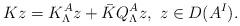
LaTeX: \begin{align*} Kz=K_\Lambda^Az+\bar{K}Q_\Lambda^Az,\ z\in D(A^I).\end{align*}